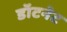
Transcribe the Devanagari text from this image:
डॉटनेट